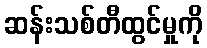
ဆန်းသစ်တီထွင်မှုကို